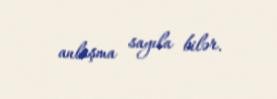
anlaşma sayıla bilər.